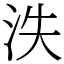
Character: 泆